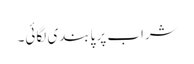
شراب پر پابندی لگائی۔